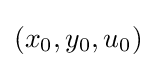
(x_{0},y_{0},u_{0})